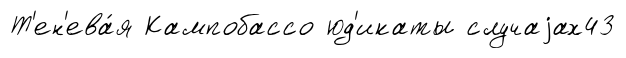
Т'ен'ева́я Кампобассо юд'икаты случаjах43